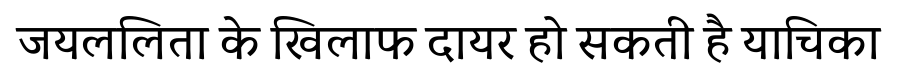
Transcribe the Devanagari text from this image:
जयललिता के खिलाफ दायर हो सकती है याचिका